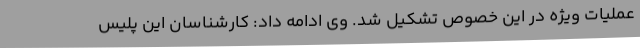
عملیات ویژه در این خصوص تشکیل شد. وی ادامه داد: کارشناسان این پلیس